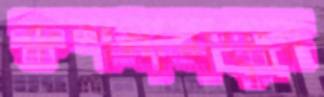
রুশনারাদের